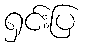
ရှင်းပြ